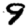
Digit: 9